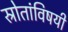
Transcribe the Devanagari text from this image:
स्रोतांविषयी